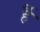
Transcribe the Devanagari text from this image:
र्है